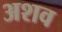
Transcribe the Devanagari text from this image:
अशव